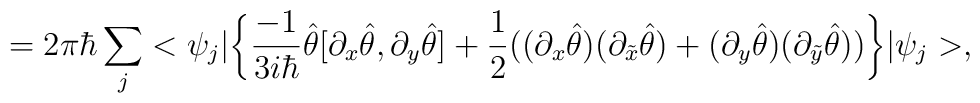
= 2 \pi \hbar \sum_j < \psi_j | \bigg\{ \frac{-1}{3 i \hbar} \hat \theta [\partial_x \hat\theta , \partial_y \hat \theta ] + \frac{1}{2} \big( (\partial_x \hat \theta)(\partial_{\tilde x} \hat\theta) + (\partial_y \hat\theta)(\partial_{\tilde y} \hat\theta) \big) \bigg\} | \psi_j >,